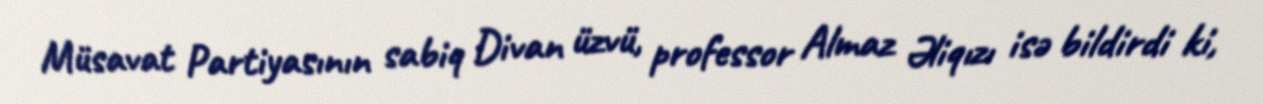
Müsavat Partiyasının sabiq Divan üzvü, professor Almaz Əliqızı isə bildirdi ki,